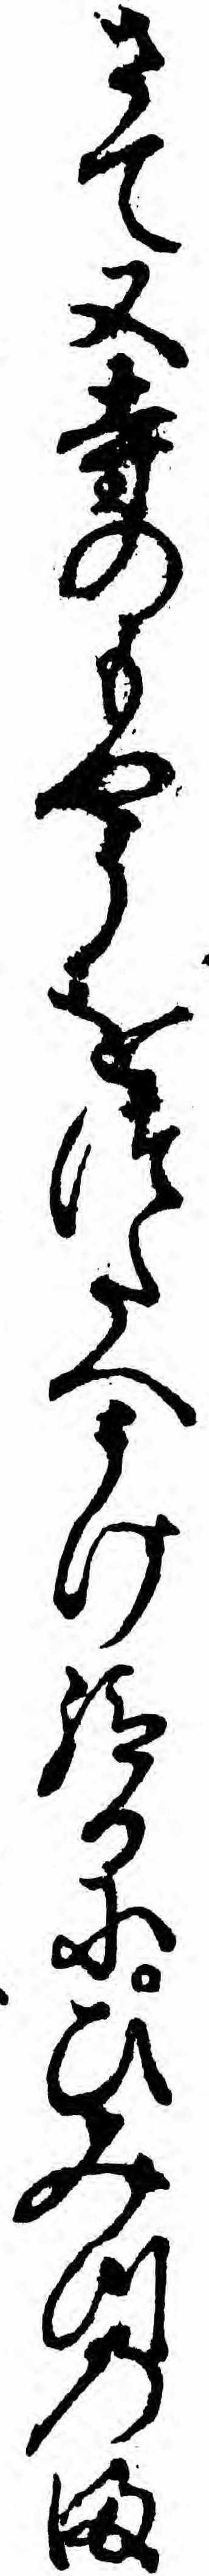
さて又寺のもやうをつたへうけ給るにひみつのま